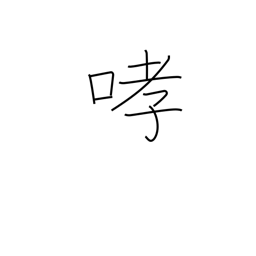
Meaning: growl